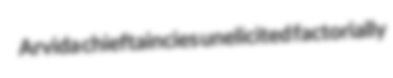
Arvida chieftaincies unelicited factorially